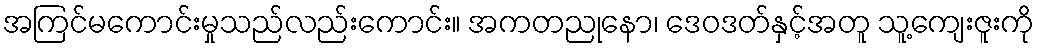
အကြင်မကောင်းမှုသည်လည်းကောင်း။ အကတညုနော၊ ဒေဝဒတ်နှင့်အတူ သူ့ကျေးဇူးကို